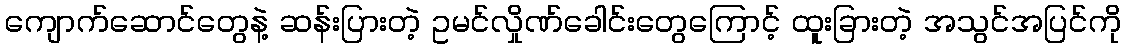
ကျောက်ဆောင်တွေနဲ့ ဆန်းပြားတဲ့ ဥမင်လှိုဏ်ခေါင်းတွေကြောင့် ထူးခြားတဲ့ အသွင်အပြင်ကို